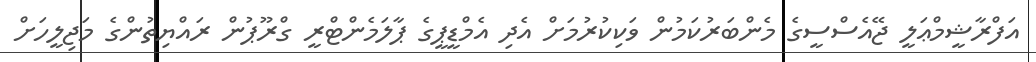
އަފްރާޝީމްޢަލީ ޖޭއެސްސީގެ މެންބަރުކަމުން ވަކިކުރުމަށް އެދި އެމްޑީޕީގެ ޕާލަމެންޓްރީ ގްރޫޕުން ރައްޔިތުންގެ މަޖިލީހަށް